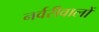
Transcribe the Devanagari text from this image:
नर्वरीवालों